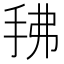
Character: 𰓖